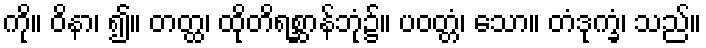
ကို။ ဝိနာ၊ ၍။ တတ္ထ၊ ထိုတိရစ္ဆာန်ဘုံ၌။ ပဝတ္တံ၊ သော။ တံဒုက္ခံ၊ သည်။